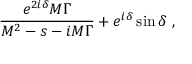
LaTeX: \frac { e ^ { 2 i \delta } M \Gamma } { M ^ { 2 } - s - i M \Gamma } + e ^ { i \delta } \sin \delta \ ,